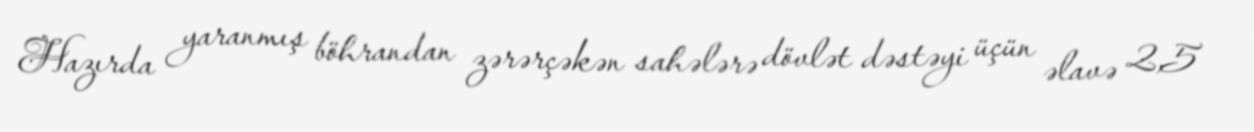
Hazırda yaranmış böhrandan zərərçəkən sahələrə dövlət dəstəyi üçün əlavə 2,5